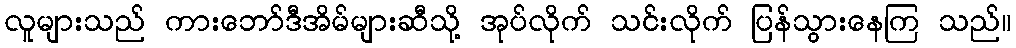
လူများသည် ကားဘော်ဒီအိမ်များဆီသို့ အုပ်လိုက် သင်းလိုက် ပြန်သွားနေကြ သည်။